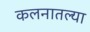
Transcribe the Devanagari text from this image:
कलनातल्या